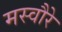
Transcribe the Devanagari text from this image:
मस्वौरे